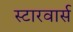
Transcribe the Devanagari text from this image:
स्टारवार्स